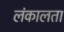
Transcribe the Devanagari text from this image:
लंकालता